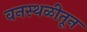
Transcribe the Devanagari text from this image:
वनस्थळीतून